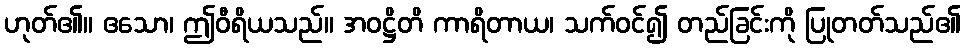
ဟုတ်၏။ ဧသော၊ ဤဝီရိယသည်။ အဝဋ္ဌိတိ ကာရိတာယ၊ သက်ဝင်၍ တည်ခြင်းကို ပြုတတ်သည်၏